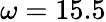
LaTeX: \omega=15.5